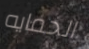
الحمايه